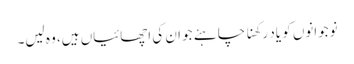
نوجوانوں کو یاد رکھنا چاہئے جو ان کی اچھائیاں ہیں، وہ لیں۔